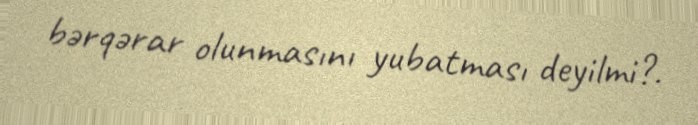
bərqərar olunmasını yubatması deyilmi?.